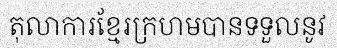
តុលាការខ្មែរក្រហមបានទទួលនូវ